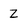
Character: Z